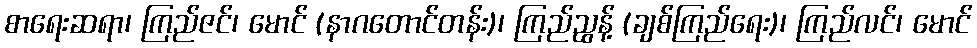
စာရေးဆရာ၊ ကြည်ဇင်၊ မောင် (နာဂတောင်တန်း)၊ ကြည်ညွန့် (ချစ်ကြည်ရေး)၊ ကြည်လင်၊ မောင်